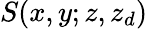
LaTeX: S(x,y;z,z_{d})